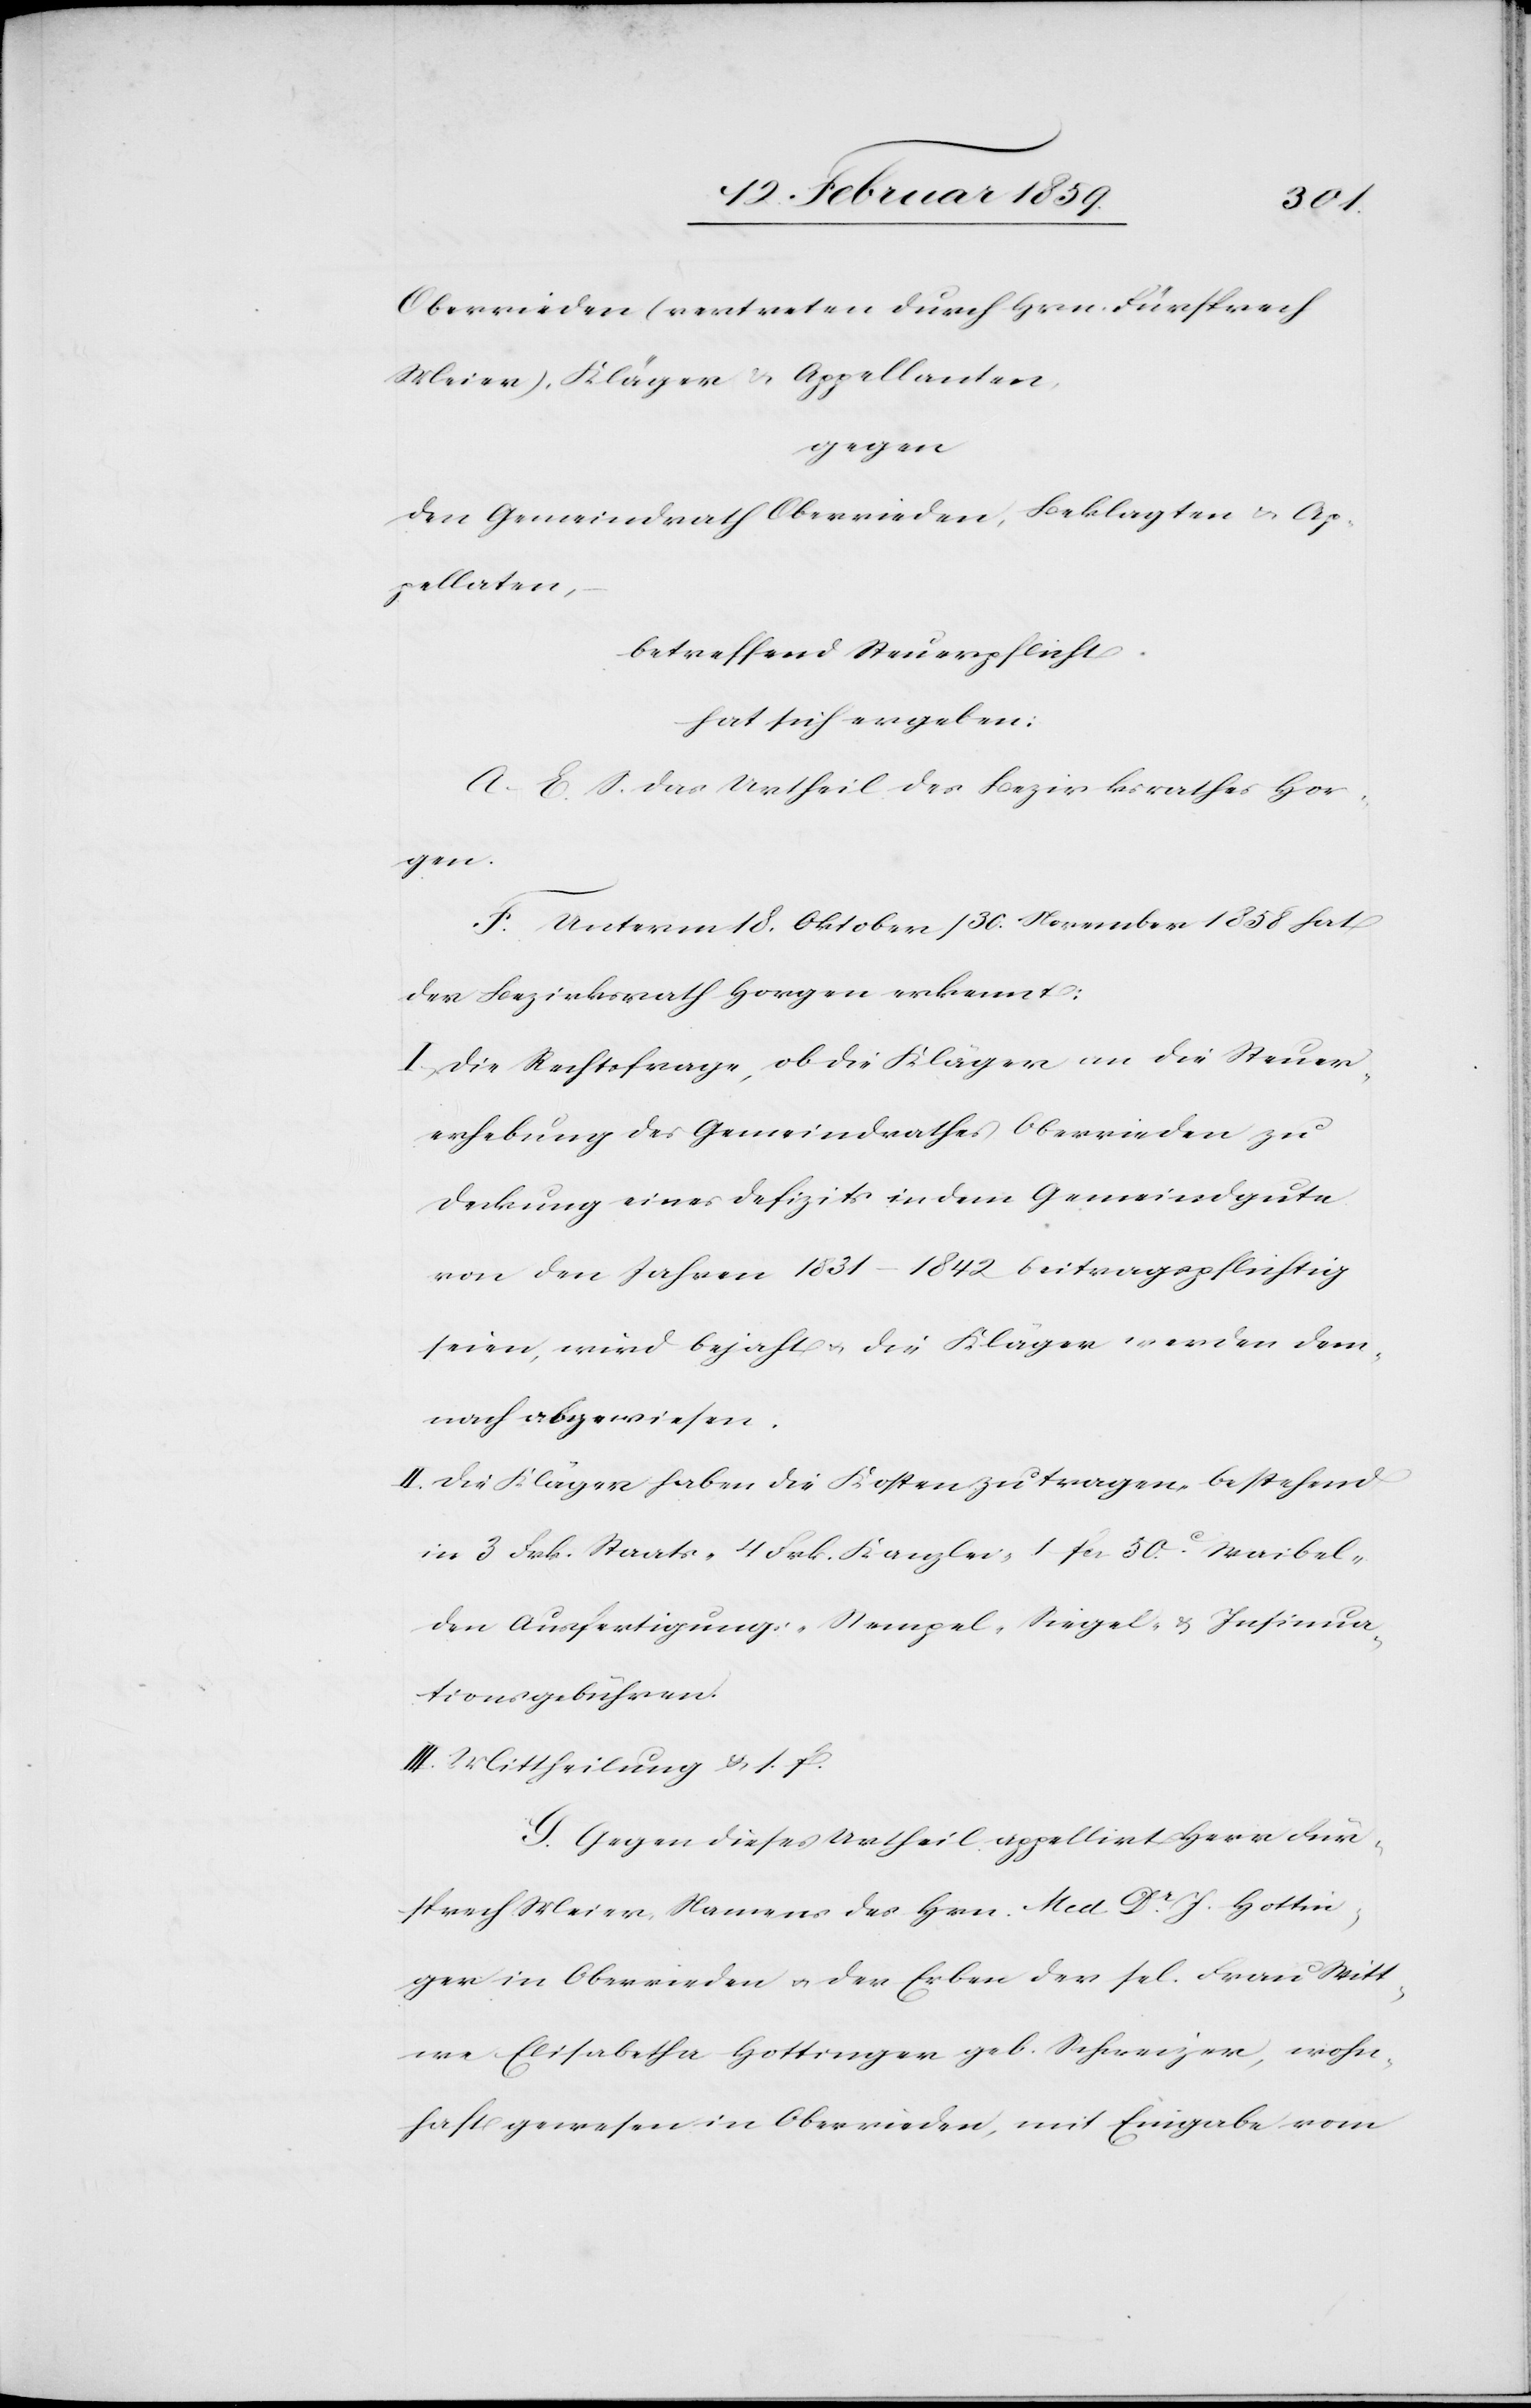
Oberrieden (vertreten durch Hrn. Fürsprech
Meier), Kläger & Appellanten,
gegen
den Gemeindrath Oberrieden, Beklagten u. Ap¬
pellaten,
betreffend Steuerpflicht
hat sich ergeben:
A.–E. S. das Urtheil des Bezirksrathes Hor¬
Insinua¬
F. Unterm 18. Oktober / 30. November 1858 hat
der Bezirksrath Horgen erkannt:
I. Die Rechtsfrage, ob die Kläger an die Steuer¬
erhebung des Gemeindrathes Oberrieden zu
Deckung eines Defizits in dem Gemeindgute
von den Jahren 1831–1842 beitragspflichtig
seien, wird bejaht u. die Kläger werden dem¬
nach abgewiesen.
II. Die Kläger haben die Kosten zu tragen, bestehend
in 3 Frk. Staats-[,] 4 Frk. Kanzlei-[,] 1 fcs 50 c. Waibel-[,]
tionsgebühren.
III. Mittheilung u. s. f.
G. Gegen dieses Urtheil appelirt Herr Für¬
sprech Meier, Namens des Hrn. Med. Dr. J. Hottin¬
ger in Oberrieden u. der Erben der sel. Frau Witt¬
we Elisabetha Hottinger geb. Schweizer, wohn¬
haft gewesen in Oberrieden, mit Eingabe vom